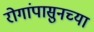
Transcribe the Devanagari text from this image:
रोगांपासुनच्या